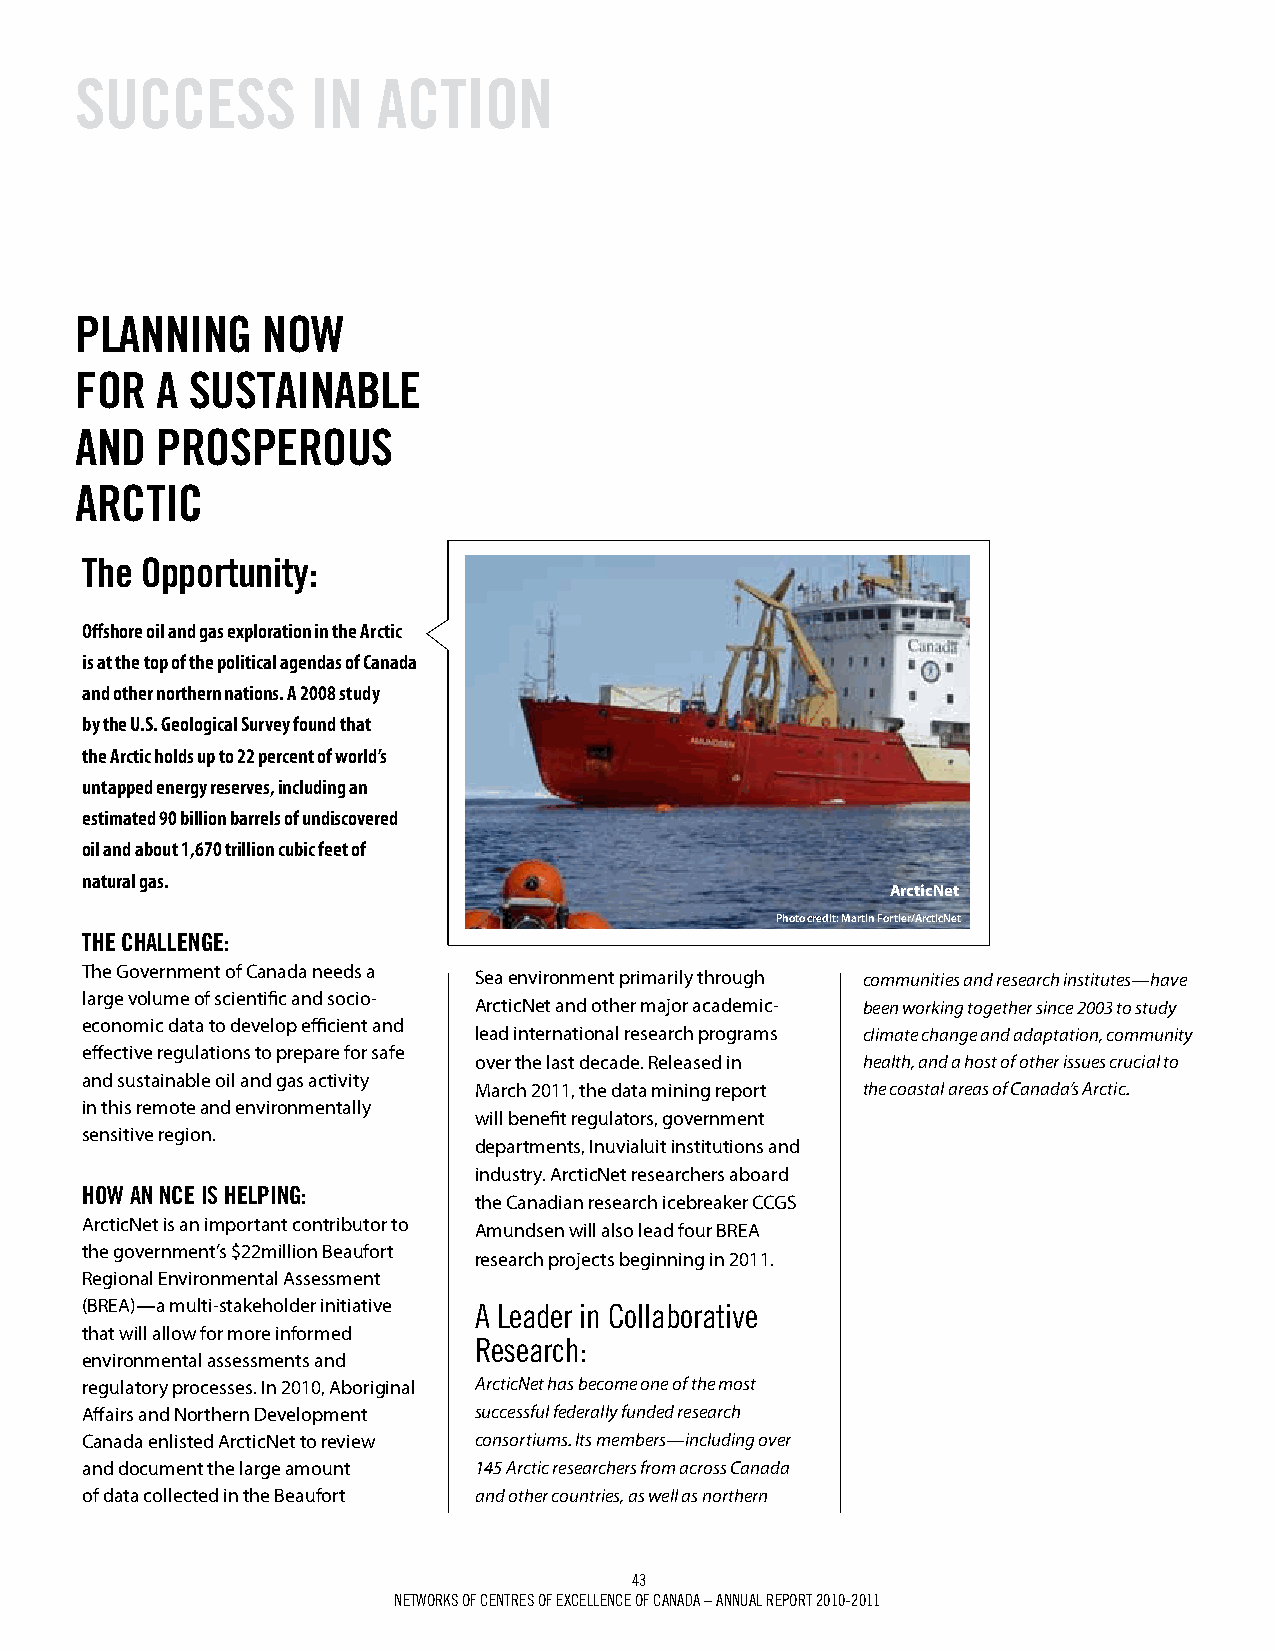
SuCCESS         iN  ACTiON
 pLANNiNg    NOW
 FOr  A SuSTAiNABLE
 ANd  prOSpErOuS
 ArCTiC
 The Opportunity:
 Offshore oil and gas exploration in the Arctic
 is at the top of the political agendas of Canada
 and other northern nations. A 2008 study
 by the U.S. Geological Survey found that
 the Arctic holds up to 22 percent of world’s
 untapped energy reserves, including an
 estimated 90 billion barrels of undiscovered
 oil and about 1,670 trillion cubic feet of
 natural gas.
 ArcticNet
 Photo credit: Martin Fortier/ArcticNet
 ThE ChALLENgE:
 The Government of Canada needs a Sea environment primarily through communities and research institutes—have
 large volume of scientific and socio-
 ArcticNet and other major academic- been working together since 2003 to study
 economic data to develop efficient and
 lead international research programs climate change and adaptation, community
 effective regulations to prepare for safe
 over the last decade. Released in health, and a host of other issues crucial to
 and sustainable oil and gas activity
 March 2011, the data mining report the coastal areas of Canada’s Arctic.
 in this remote and environmentally
 will benefit regulators, government
 sensitive region.
 departments, Inuvialuit institutions and
 industry. ArcticNet researchers aboard
 hOW AN NCE iS hELpiNg:
 the Canadian research icebreaker CCGS
 ArcticNet is an important contributor to Amundsen will also lead four BREA
 the government’s $22million Beaufort
 research projects beginning in 2011.
 Regional Environmental Assessment
 (BREA)—a multi-stakeholder initiative a leader in collaborative
 that will allow for more informed
 research:
 environmental assessments and
 regulatory processes. In 2010, Aboriginal ArcticNet has become one of the most
 Affairs and Northern Development successful federally funded research
 Canada enlisted ArcticNet to review consortiums. Its members—including over
 and document the large amount 145 Arctic researchers from across Canada
 of data collected in the Beaufort and other countries, as well as northern
 43
 Networks of ceNtres of excelleNce of caNada – aNNUal rePort 2010-2011